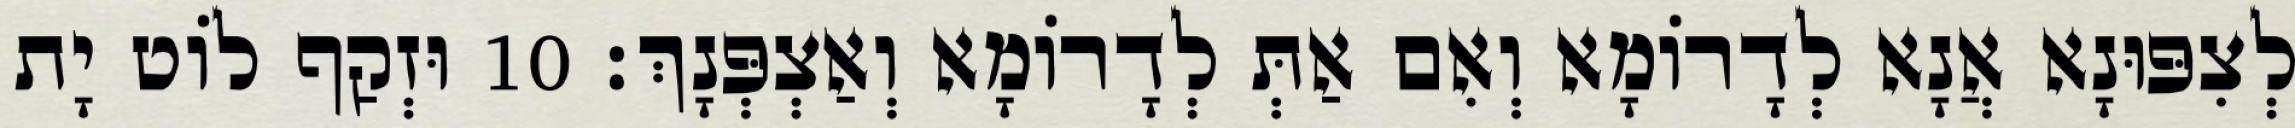
לְצִפּוּנָא אֲנָא לְדָרוֹמָא וְאִם אַתְּ לְדָרוֹמָא וְאַצְפְּנָךְ׃ 10 וּזְקַף לוֹט יָת